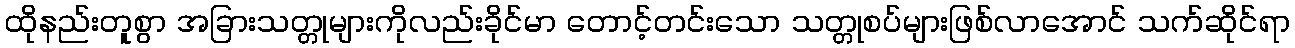
ထိုနည်းတူစွာ အခြားသတ္တုများကိုလည်းခိုင်မာ တောင့်တင်းသော သတ္တုစပ်များဖြစ်လာအောင် သက်ဆိုင်ရာ